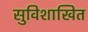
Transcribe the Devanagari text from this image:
सुविशाखित